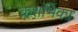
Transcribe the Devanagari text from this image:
कशभिका